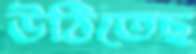
উঠিতেছ